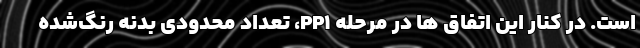
است. در کنار این اتفاق ها در مرحله PP1، تعداد محدودی بدنه رنگ‌شده